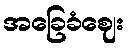
အခြေခံဈေး